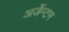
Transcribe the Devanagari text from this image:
अर्जेन्टम